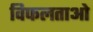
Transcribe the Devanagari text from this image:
विफलताओ